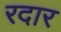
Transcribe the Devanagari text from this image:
रदार